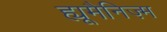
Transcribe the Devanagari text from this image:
ह्यूमैनिज़्म